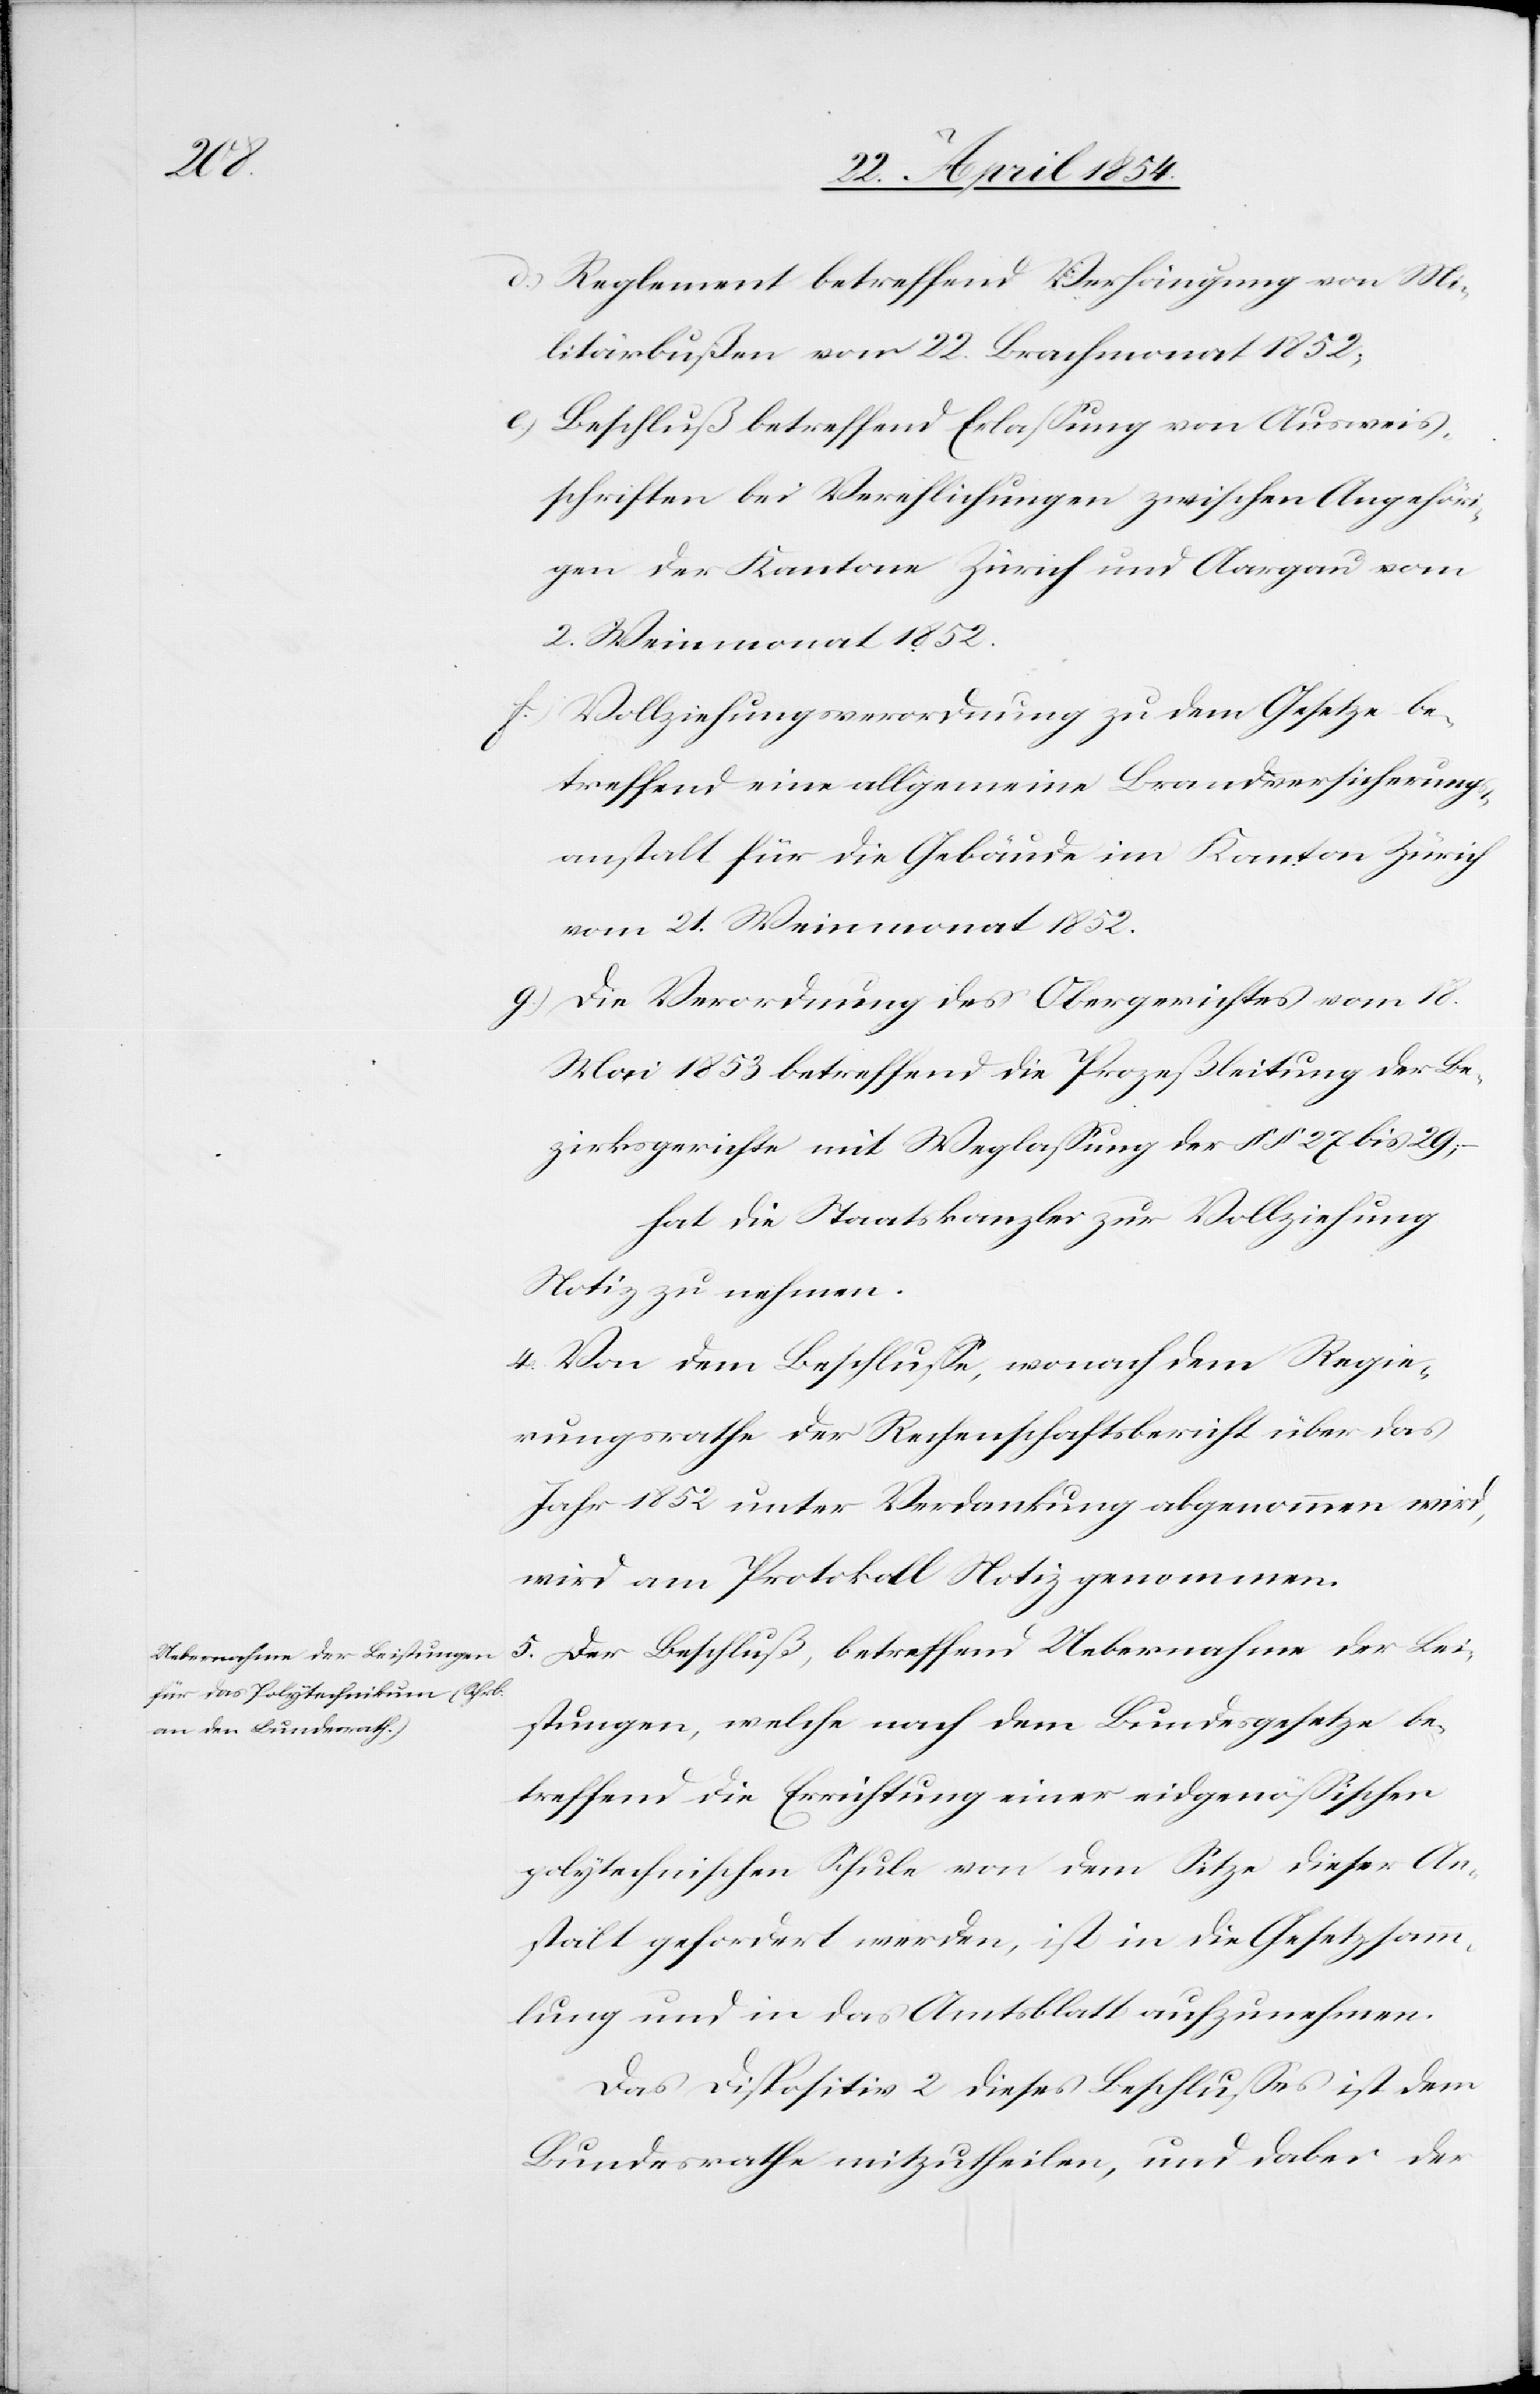
d.)

Reglement betreffend Verhängung von Mi¬
litärbußen vom 22. Brachmonat 1852;
e.) Beschluß betreffend Erlaßung von Ausweis¬
schriften bei Verehlichungen zwischen Angehöri¬
gen der Kantone Zürich und Aargau vom
2. Weinmonat 1852.
f.) Vollziehungsverordnung zu dem Gesetze be¬
treffend eine allgemeine Brandversicherungs¬
anstalt für die Gebäude im Kanton Zürich
vom 21. Weinmonat 1852.
g.) Die Verordnung des Obergerichtes vom 18.
Mai 1853 betreffend die Prozeßleitung der Be¬
zirksgerichte mit Weglaßung der § § 27 bis 29;
hat die Staatskanzlei zur Vollziehung
Notiz zu nehmen.
4. Von dem Beschluße, wonach dem Regie¬
rungsrathe der Rechenschaftsbericht über das
Jahr 1852 unter Verdankung abgenommen wird,
wird am Protokoll Notiz genommen.
5.) Der Beschluß, betreffend Uebernahme der Lei¬
stungen, welche nach dem Bundesgesetze be¬
treffend die Errichtung einer eidgenößischen
polytechnischen Schule von dem Sitze dieser An¬
stalt gefordert werden, ist in die Gesetzsamm¬
lung und in das Amtsblatt aufzunehmen.
Das Dispositiv 2 dieses Beschlußes ist dem
Bundesrathe mitzutheilen, und dabei der